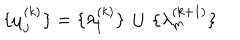
\lbrace \mu _ { j } ^ { ( k ) } \rbrace = \lbrace \lambda _ { l } ^ { ( k ) } \rbrace \, \cup \, \lbrace \lambda _ { m } ^ { ( k + 1 ) } \rbrace